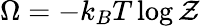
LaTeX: \Omega=-k_{B}T\log{\mathcal{Z}}